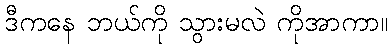
ဒီကနေ ဘယ်ကို သွားမလဲ ကိုအာကာ။